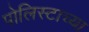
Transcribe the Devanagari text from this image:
पोलिस्टाच्या